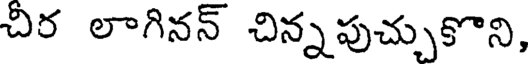
చీర లాగినన్ చిన్నపుచ్చుకొని,